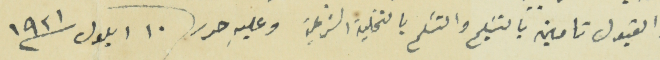
والقبول تامين بالتسَليم والتسَلم بالتخلية الشرعية وعليهِ حرر ١٠ ايلول سنة ١٩٢١